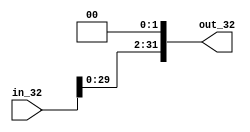
module branch_shiftleftby2(in_32,out_32);
input[31:0] in_32;
output reg[31:0] out_32;
always@(in_32)
begin
out_32={in_32[29:0],2'b00};
end
endmodule

module jump_shiftleftby2(in_jump,out_jump);
input[25:0] in_jump;
output reg[27:0] out_jump;
always@(in_jump)
begin
out_jump={in_jump[25:0],2'b00};
end
endmodule